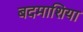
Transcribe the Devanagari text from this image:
बदमाशिया